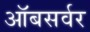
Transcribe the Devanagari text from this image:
ऑबसर्वर